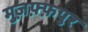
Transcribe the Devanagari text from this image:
मुज़फ़्फ़पुर